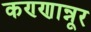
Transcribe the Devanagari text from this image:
कण्णान्नूर